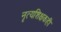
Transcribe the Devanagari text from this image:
नृत्यशिक्षकही